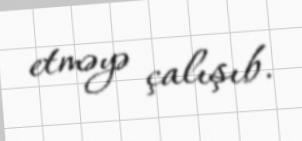
etməyə çalışıb.